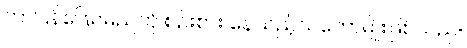
ဘာပြန်ဖြေရမည်ကို စဉ်းစား နေသည့်သဘောမျိုးဖြစ်သည်။